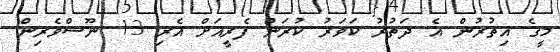
މީގެ އިތުރުން އެ ދަތުރު ކަވަރު ކުރަން ފެރީއަށް އެރި 13 ނޫސްވެރިން